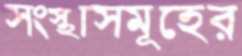
সংস্থাসমূহের